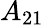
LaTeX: A_{21}